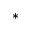
^ { * }